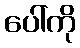
ပေါ်ကို